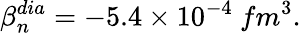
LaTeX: \beta_{n}^{dia}=-5.4\times 10^{-4}~fm^{3}.